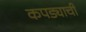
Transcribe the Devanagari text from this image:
कपड्याची